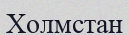
Холмстан